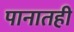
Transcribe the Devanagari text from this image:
पानातही